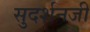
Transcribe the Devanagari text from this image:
सुदर्शनजी